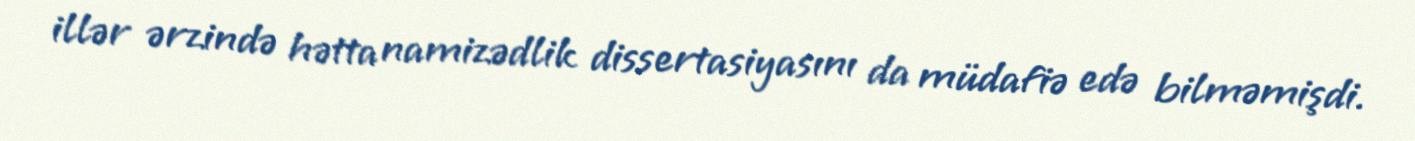
illər ərzində hətta namizədlik dissertasiyasını da müdafiə edə bilməmişdi.